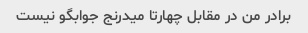
برادر من در مقابل چهارتا میدرنج جوابگو نیست